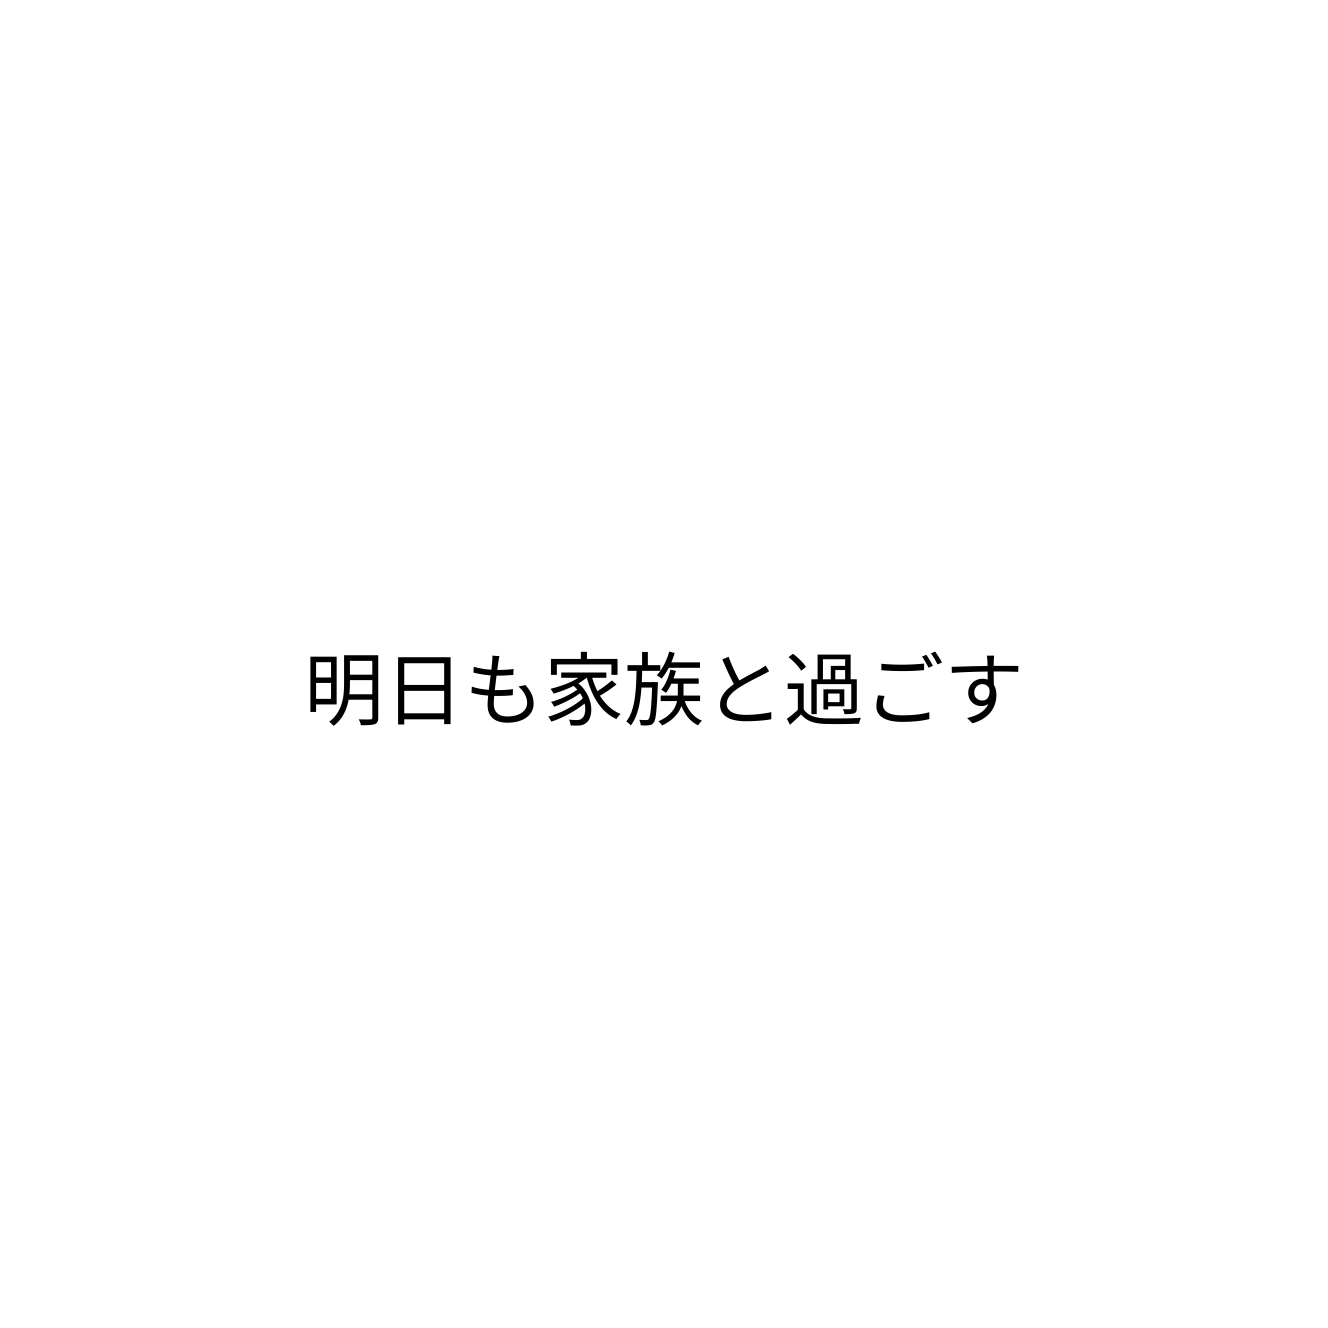
明日も家族と過ごす